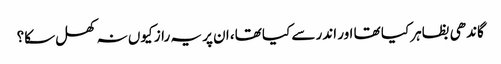
گاندھی بظاہر کیا تھا اور اندر سے کیا تھا، ان پر یہ راز کیوں نہ کھل سکا؟